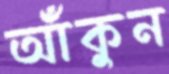
আঁকুন